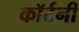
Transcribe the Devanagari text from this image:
काॅर्टनी